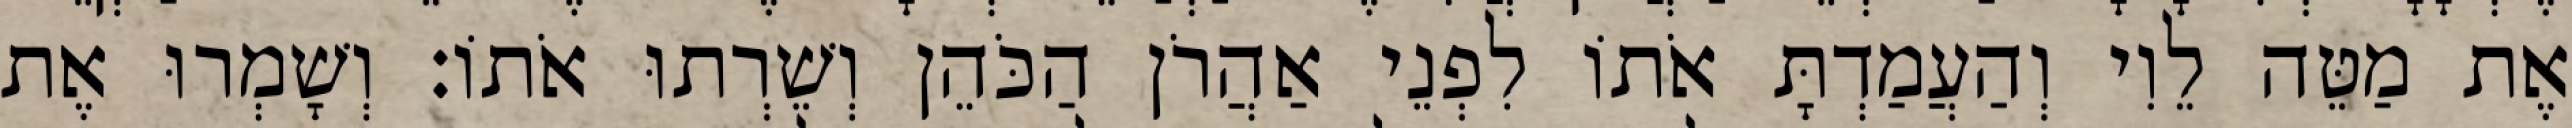
אֶת מַטֵּה לֵוִי וְהַעֲמַדְתָּ אֹתוֹ לִפְנֵי אַהֲרֹן הַכֹּהֵן וְשֵׁרְתוּ אֹתוֹ׃ וְשָׁמְרוּ אֶת